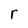
Character: r